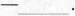
—___.